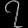
Digit: ၇